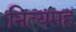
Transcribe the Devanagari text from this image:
नित्यमहं